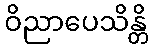
ဝိညာပေသိန္တိ